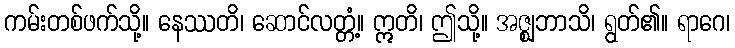
ကမ်းတစ်ဖက်သို့။ နေဿတိ၊ ဆောင်လတ္တံ့။ ဣတိ၊ ဤသို့။ အဇ္ဈဘာသိ၊ ရွတ်၏။ ရာဂေ၊